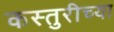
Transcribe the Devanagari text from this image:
कस्तुरीच्या